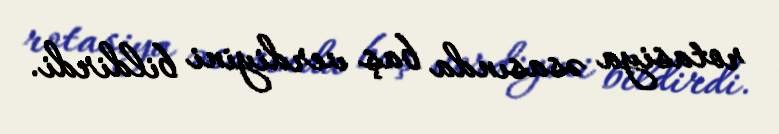
rotasiya əsasında baş verdiyini bildirdi.